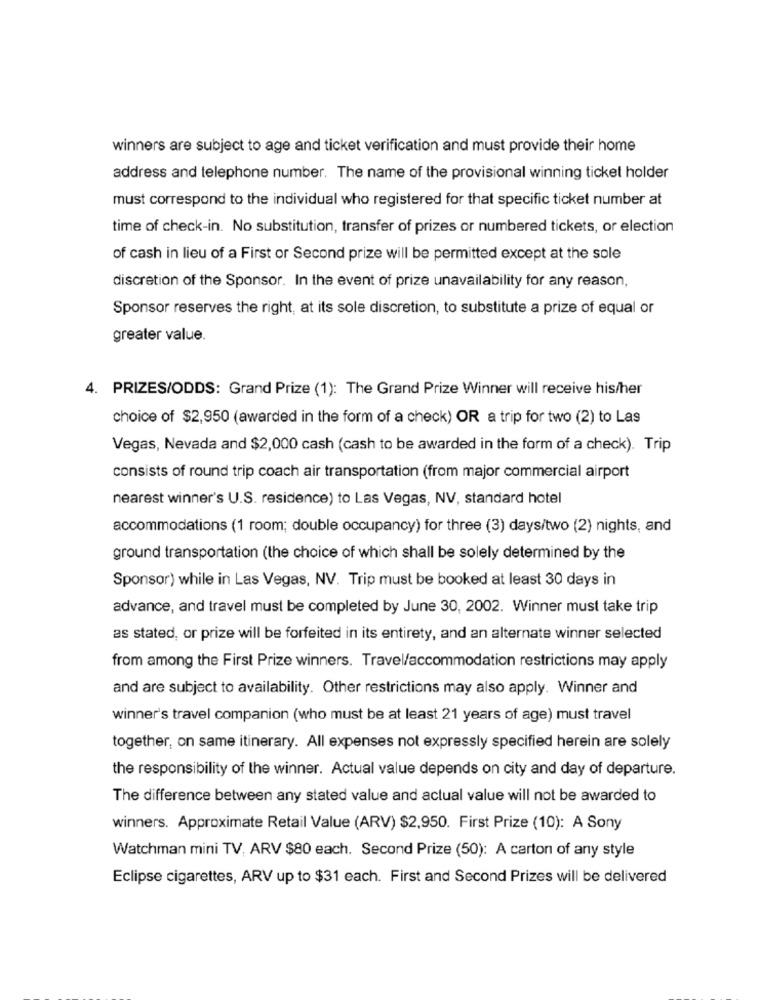
winners are subject to age and ticket verification and must provide their home
address and telephone number. The name of the provisional winning ticket holder
must correspond to the individual who registered for that specific ticket number at
time of check-in. No substitution, transfer of prizes or numbered tickets, or election
of cash in lieu of a First or Second prize will be permitted except at the sole
discretion of the Sponsor. In the event of prize unavailability for any reason,
Sponsor reserves the right, at its sole discretion, to substitute a prize of equal or
greater value.
4. PRIZES/ODDS: Grand Prize (1): The Grand Prize Winner will receive his/her
choice of $2,950 (awarded in the form of a check) OR a trip for two (2) to Las
Vegas, Nevada and $2,000 cash (cash to be awarded in the form of a check). Trip
consists of round trip coach air transportation (from major commercial airport
nearest winner's U.S. residence) to Las Vegas, NV, standard hotel
accommodations (1 room; double occupancy) for three (3) days/two (2) nights, and
ground transportation (the choice of which shall be solely determined by the
Sponsor) while in Las Vegas, NV. Trip must be booked at least 30 days in
advance, and travel must be completed by June 30, 2002. Winner must take trip
as stated, or prize will be forfeited in its entirety, and an alternate winner selected
from among the First Prize winners. Travel/accommodation restrictions may apply
and are subject to availability. Other restrictions may also apply. Winner and
winner's travel companion (who must be at least 21 years of age) must travel
together, on same itinerary. All expenses not expressly specified herein are solely
the responsibility of the winner. Actual value depends on city and day of departure.
The difference between any stated value and actual value will not be awarded to
winners. Approximate Retail Value (ARV) $2,950. First Prize (10): A Sony
Watchman mini TV, ARV $80 each. Second Prize (50): A carton of any style
Eclipse cigarettes, ARV up to $31 each. First and Second Prizes will be delivered